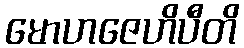
မောဟဇေဟိပီတိ